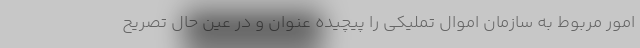
امور مربوط به سازمان اموال تملیکی را پیچیده عنوان و در عین حال تصریح